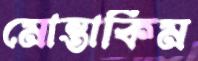
মোন্তাকিম